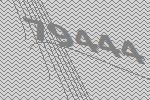
79444